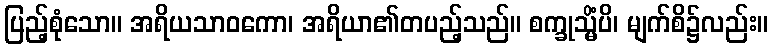
ပြည့်စုံသော။ အရိယသာဝကော၊ အရိယာ၏တပည့်သည်။ စက္ခုသ္မိံပိ၊ မျက်စိ၌လည်း။